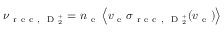
\nu _ { \mathrm { ~ r ~ e ~ c ~ , ~ } \mathrm { ~ D ~ } _ { 2 } ^ { + } } = n _ { \mathrm { ~ e ~ } } \left\langle v _ { \mathrm { ~ e ~ } } \sigma _ { \mathrm { ~ r ~ e ~ c ~ , ~ } \mathrm { ~ D ~ } _ { 2 } ^ { + } } ( v _ { \mathrm { ~ e ~ } } ) \right\rangle